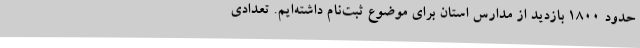
حدود 1800 بازدید از مدارس استان برای موضوع ثبت‌نام داشته‌ایم. تعدادی